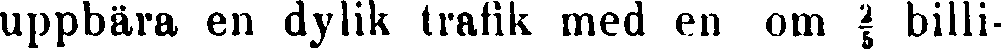
uppbära en dylik trafik med en om ²/5 billi-